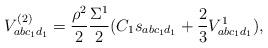
LaTeX: \begin{align*}V^{(2)}_{abc_1 d_1} = \frac{\rho^2 }{2}\frac{ \Sigma^1}{2} (C_1s_{abc_1 d_1} + \frac{2}{3} V^1 _{abc_1 d_1}),\end{align*}